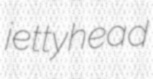
jettyhead